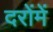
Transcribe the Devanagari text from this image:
दरोंमें